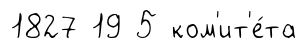
1827 19 5 ком'ит'е́та